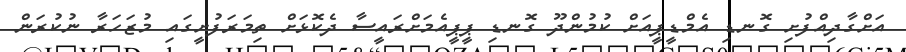
އަށްގާދިއްފުށި ގޮނޑި އެމްޑީޕީއަށް ކުމުންދޫ ގޮނޑި ޕީޕީއެމަށްރައީސާ ދެކޮޅަށް ތިމަރަފުށީގައި މުޒަހަރާ ނުކުރަން